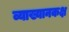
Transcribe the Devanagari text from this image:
व्याख्यानकक्ष